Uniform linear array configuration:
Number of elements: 16
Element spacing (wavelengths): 0.5
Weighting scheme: exponential
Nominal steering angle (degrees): -15
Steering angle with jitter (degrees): -14.12
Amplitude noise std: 0.05
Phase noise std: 0.05

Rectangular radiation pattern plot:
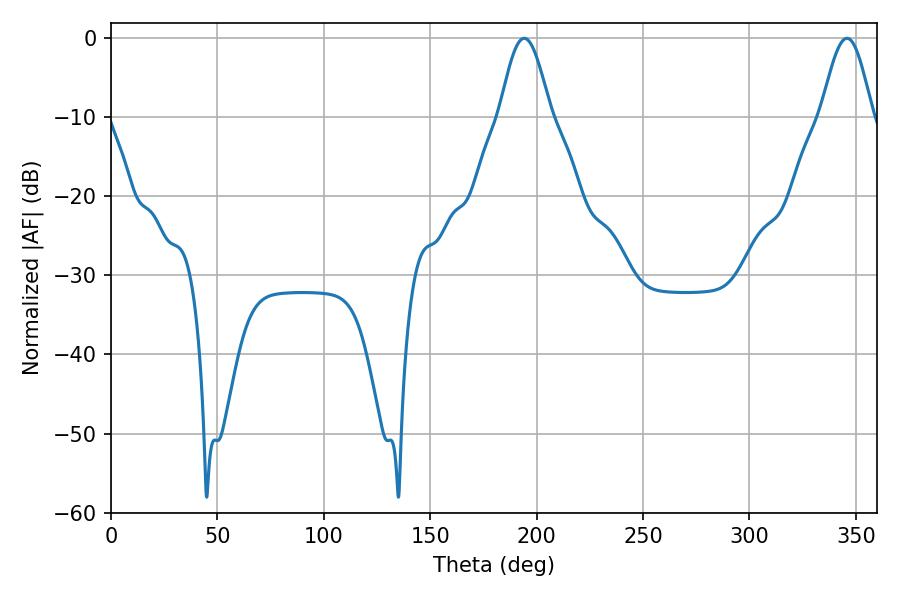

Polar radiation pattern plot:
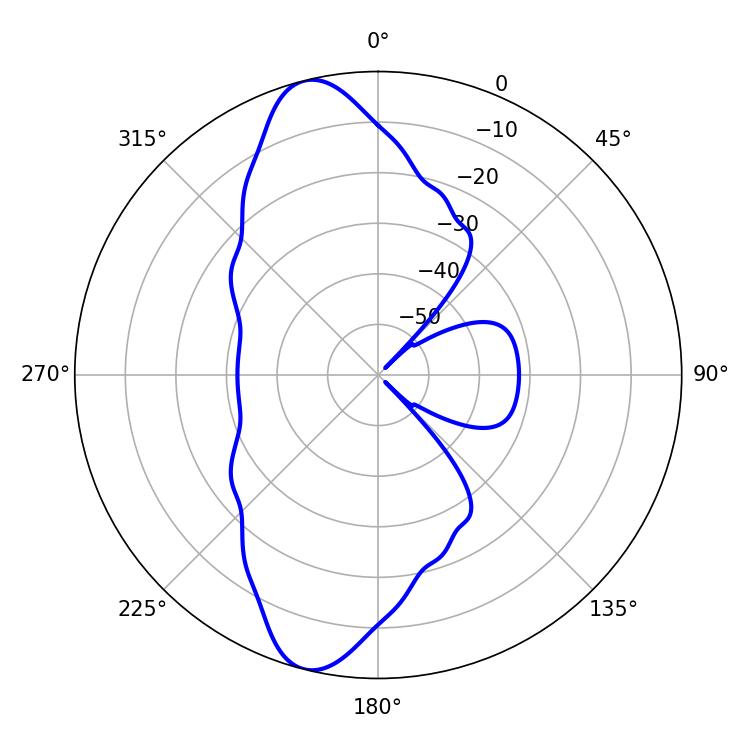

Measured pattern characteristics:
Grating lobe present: FALSE
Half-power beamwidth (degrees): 12.78
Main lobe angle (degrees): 194.22